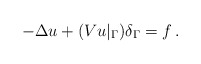
\begin{align*}-\Delta u+(V u|_{\Gamma})\delta_{\Gamma}=f\,.\end{align*}